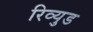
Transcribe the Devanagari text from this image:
रिव्युड